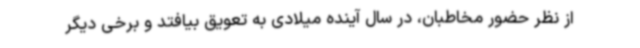
از نظر حضور مخاطبان، در سال آینده میلادی به تعویق بیافتد و برخی دیگر